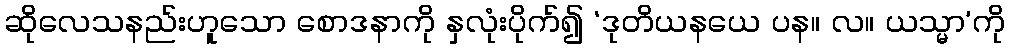
ဆိုလေသနည်းဟူသော စောဒနာကို နှလုံးပိုက်၍ ‘ဒုတိယနယေ ပန။ လ။ ယသ္မာ’ကို